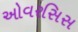
ઓવરસિસ